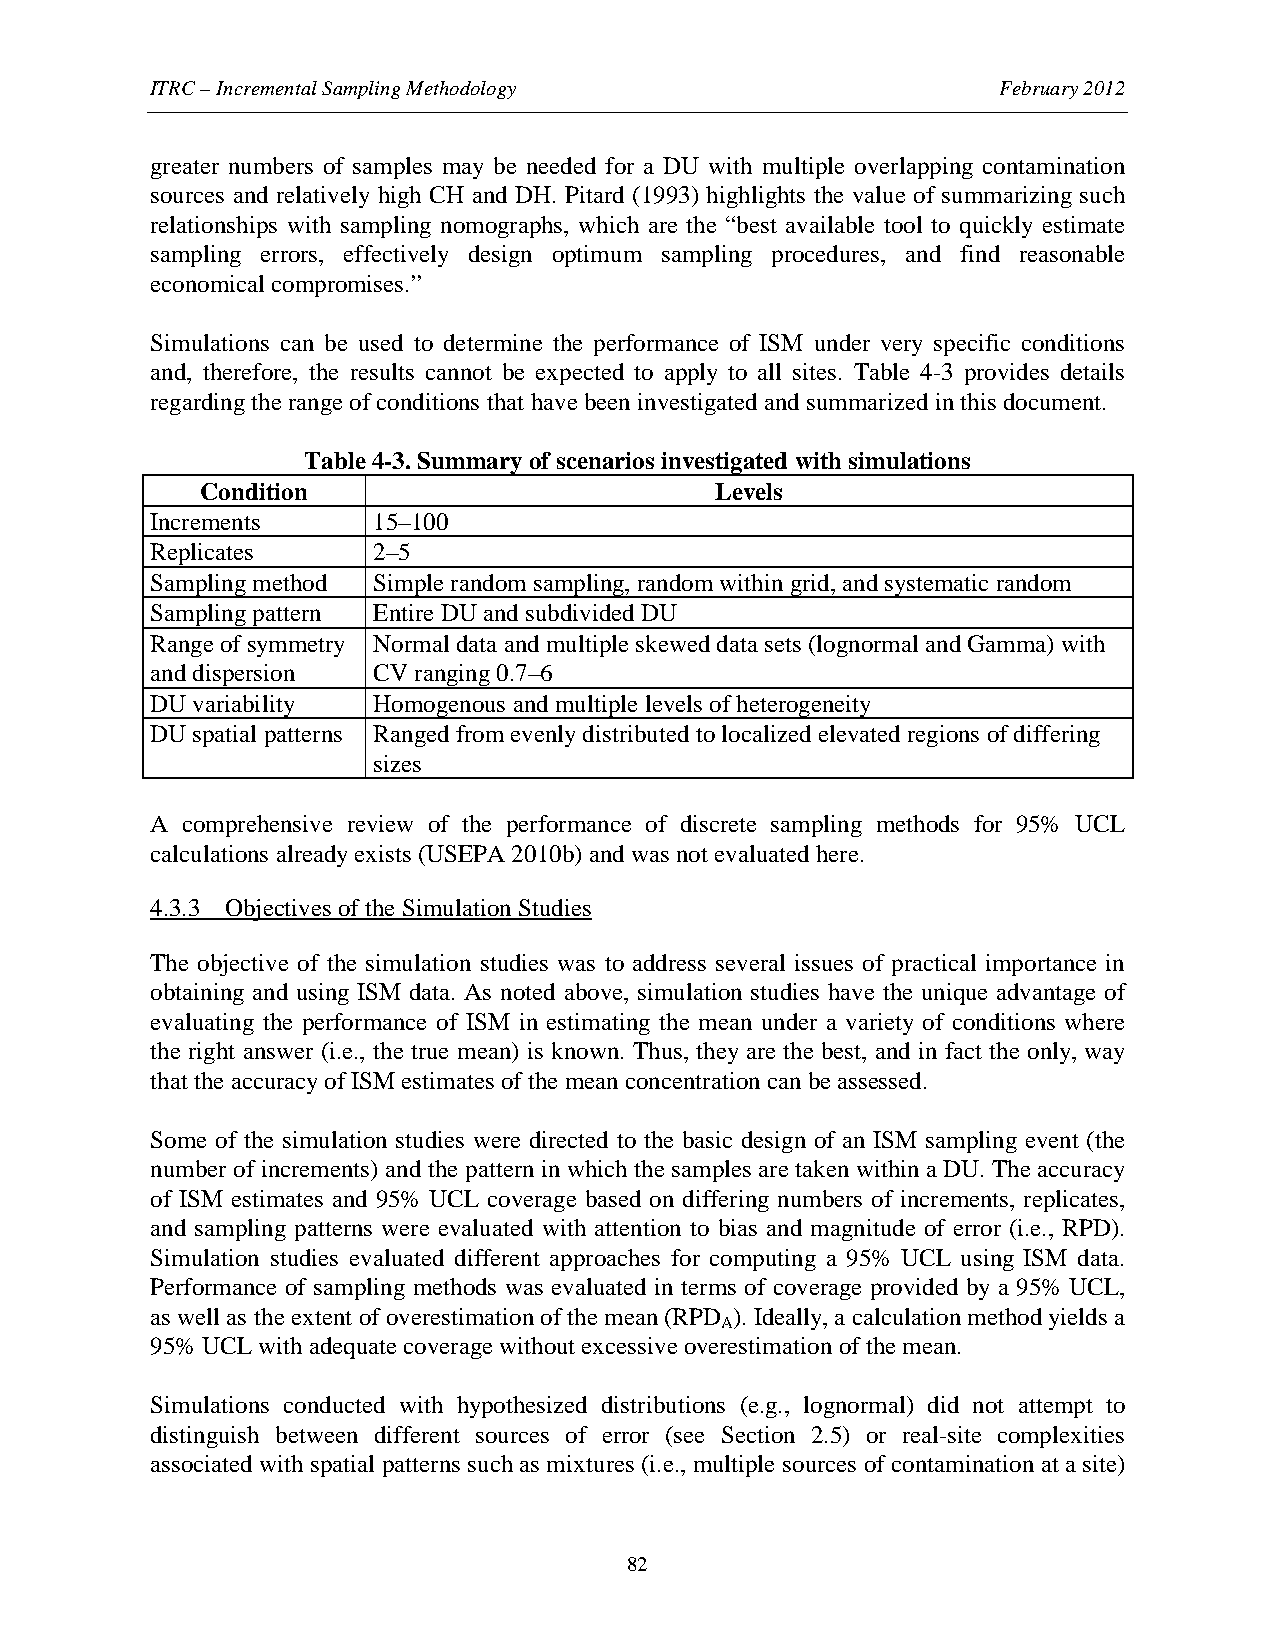
ITRC – Incremental Sampling Methodology                 February 2012
 greater numbers of samples may be needed for a DU with multiple overlapping contamination
 sources and relatively high CH and DH. Pitard (1993) highlights the value of summarizing such
 relationships with sampling nomographs, which are the “best available tool to quickly estimate
 sampling errors, effectively design optimum sampling procedures, and find reasonable
 economical compromises.”
 Simulations can be used to determine the performance of ISM under very specific conditions
 and, therefore, the results cannot be expected to apply to all sites. Table 4-3 provides details
 regarding the range of conditions that have been investigated and summarized in this document.
 Table 4-3. Summary of scenarios investigated with simulations
 Condition                         Levels
 Increments     15–100
 Replicates     2–5
 Sampling method Simple random sampling, random within grid, and systematic random
 Sampling pattern Entire DU and subdivided DU
 Range of symmetry Normal data and multiple skewed data sets (lognormal and Gamma) with
 and dispersion CV ranging 0.7–6
 DU variability Homogenous and multiple levels of heterogeneity
 DU spatial patterns Ranged from evenly distributed to localized elevated regions of differing
 sizes
 A comprehensive review of the performance of discrete sampling methods for 95% UCL
 calculations already exists (USEPA 2010b) and was not evaluated here.
 4.3.3 Objectives of the Simulation Studies
 The objective of the simulation studies was to address several issues of practical importance in
 obtaining and using ISM data. As noted above, simulation studies have the unique advantage of
 evaluating the performance of ISM in estimating the mean under a variety of conditions where
 the right answer (i.e., the true mean) is known. Thus, they are the best, and in fact the only, way
 that the accuracy of ISM estimates of the mean concentration can be assessed.
 Some of the simulation studies were directed to the basic design of an ISM sampling event (the
 number of increments) and the pattern in which the samples are taken within a DU. The accuracy
 of ISM estimates and 95% UCL coverage based on differing numbers of increments, replicates,
 and sampling patterns were evaluated with attention to bias and magnitude of error (i.e., RPD).
 Simulation studies evaluated different approaches for computing a 95% UCL using ISM data.
 Performance of sampling methods was evaluated in terms of coverage provided by a 95% UCL,
 as well as the extent of overestimation of the mean (RPD ). Ideally, a calculation method yields a
 A
 95% UCL with adequate coverage without excessive overestimation of the mean.
 Simulations conducted with hypothesized distributions (e.g., lognormal) did not attempt to
 distinguish between different sources of error (see Section 2.5) or real-site complexities
 associated with spatial patterns such as mixtures (i.e., multiple sources of contamination at a site)
 82